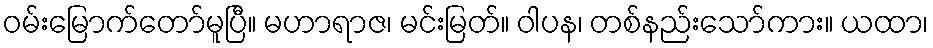
ဝမ်းမြောက်တော်မူပြီ။ မဟာရာဇ၊ မင်းမြတ်။ ဝါပန၊ တစ်နည်းသော်ကား။ ယထာ၊